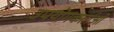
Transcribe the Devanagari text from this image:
उपयॊगकर्ताओ